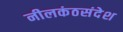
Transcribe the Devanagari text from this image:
नीलकंठसंदेश